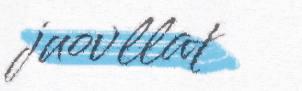
juovllat